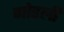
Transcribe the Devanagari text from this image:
गोडली